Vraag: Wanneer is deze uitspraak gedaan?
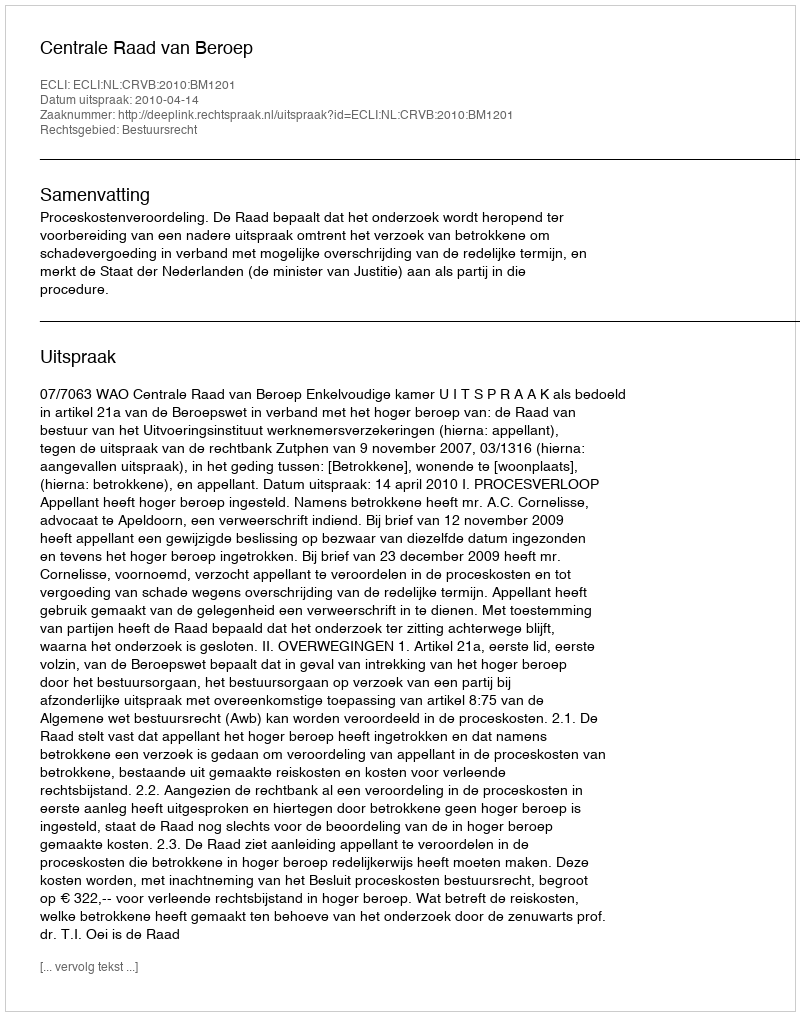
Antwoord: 2010-04-14